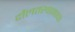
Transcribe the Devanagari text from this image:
दौलतखानाचा